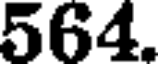
564.